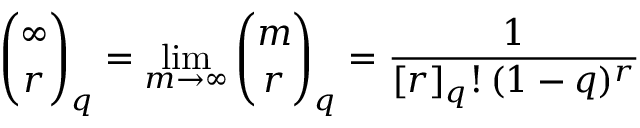
{ \binom { \infty } { r } } _ { q } = \operatorname* { l i m } _ { m \rightarrow \infty } { \binom { m } { r } } _ { q } = { \frac { 1 } { [ r ] _ { q } ! \, ( 1 - q ) ^ { r } } }